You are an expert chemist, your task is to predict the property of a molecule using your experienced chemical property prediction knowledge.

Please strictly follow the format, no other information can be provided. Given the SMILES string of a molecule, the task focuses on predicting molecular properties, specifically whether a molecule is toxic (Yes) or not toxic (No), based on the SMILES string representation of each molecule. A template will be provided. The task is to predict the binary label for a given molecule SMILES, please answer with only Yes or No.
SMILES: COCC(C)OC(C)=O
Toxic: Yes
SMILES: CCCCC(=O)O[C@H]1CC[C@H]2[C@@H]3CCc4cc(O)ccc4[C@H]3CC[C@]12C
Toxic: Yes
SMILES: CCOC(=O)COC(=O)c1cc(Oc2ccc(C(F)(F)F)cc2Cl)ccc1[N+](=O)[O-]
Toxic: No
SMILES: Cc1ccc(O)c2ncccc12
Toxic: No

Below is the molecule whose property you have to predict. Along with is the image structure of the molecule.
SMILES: CCCc1ncc(C(=O)O)s1
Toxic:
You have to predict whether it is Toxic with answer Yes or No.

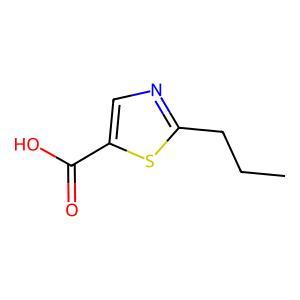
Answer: No